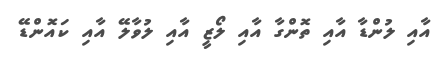
އާއި ލުންޑާ އާއި ތޮންގާ އާއި ލޯޒީ އާއި ލުވާލޭ އާއި ކައޮންޑޭ